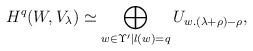
LaTeX: \begin{align*}H^q(W, V_{\lambda}) \simeq \bigoplus \limits_{w \in \Upsilon^\prime \vert l(w)=q} U_{w.(\lambda+\rho)-\rho},\end{align*}